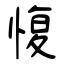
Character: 愎